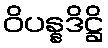
ဝိပန္နဒိဋ္ဌိ